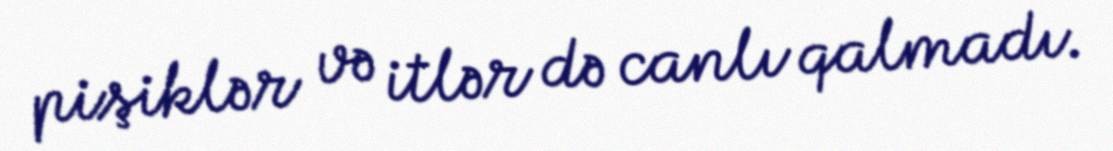
pişiklər və itlər də canlı qalmadı.